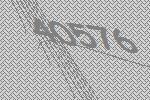
40576